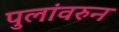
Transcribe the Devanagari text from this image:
पुलांवरुन